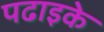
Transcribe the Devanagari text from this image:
पढाइके